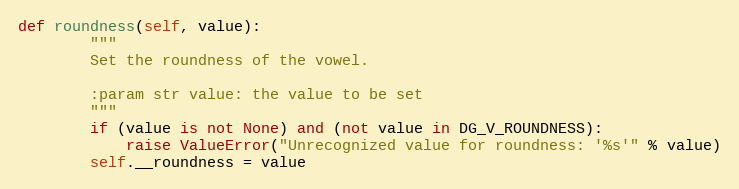
Language: Python
def roundness(self, value):
        """
        Set the roundness of the vowel.

        :param str value: the value to be set
        """
        if (value is not None) and (not value in DG_V_ROUNDNESS):
            raise ValueError("Unrecognized value for roundness: '%s'" % value)
        self.__roundness = value